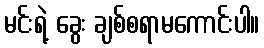
မင်းရဲ့ ခွေး ချစ်စရာမကောင်းပါ။